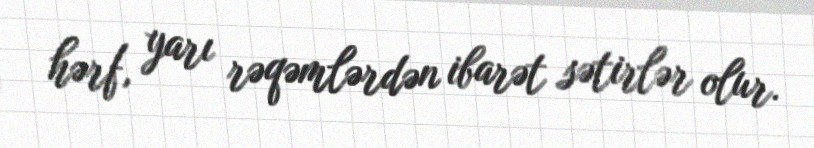
hərf, yarı rəqəmlərdən ibarət sətirlər olur.